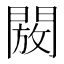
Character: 𮤖